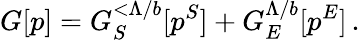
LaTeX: G[p]=G_{S}^{<\Lambda/b}[p^{S}]+G_{E}^{\Lambda/b}[p^{E}]\, .